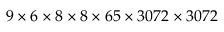
9 \times 6 \times 8 \times 8 \times 6 5 \times 3 0 7 2 \times 3 0 7 2